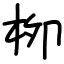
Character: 栁